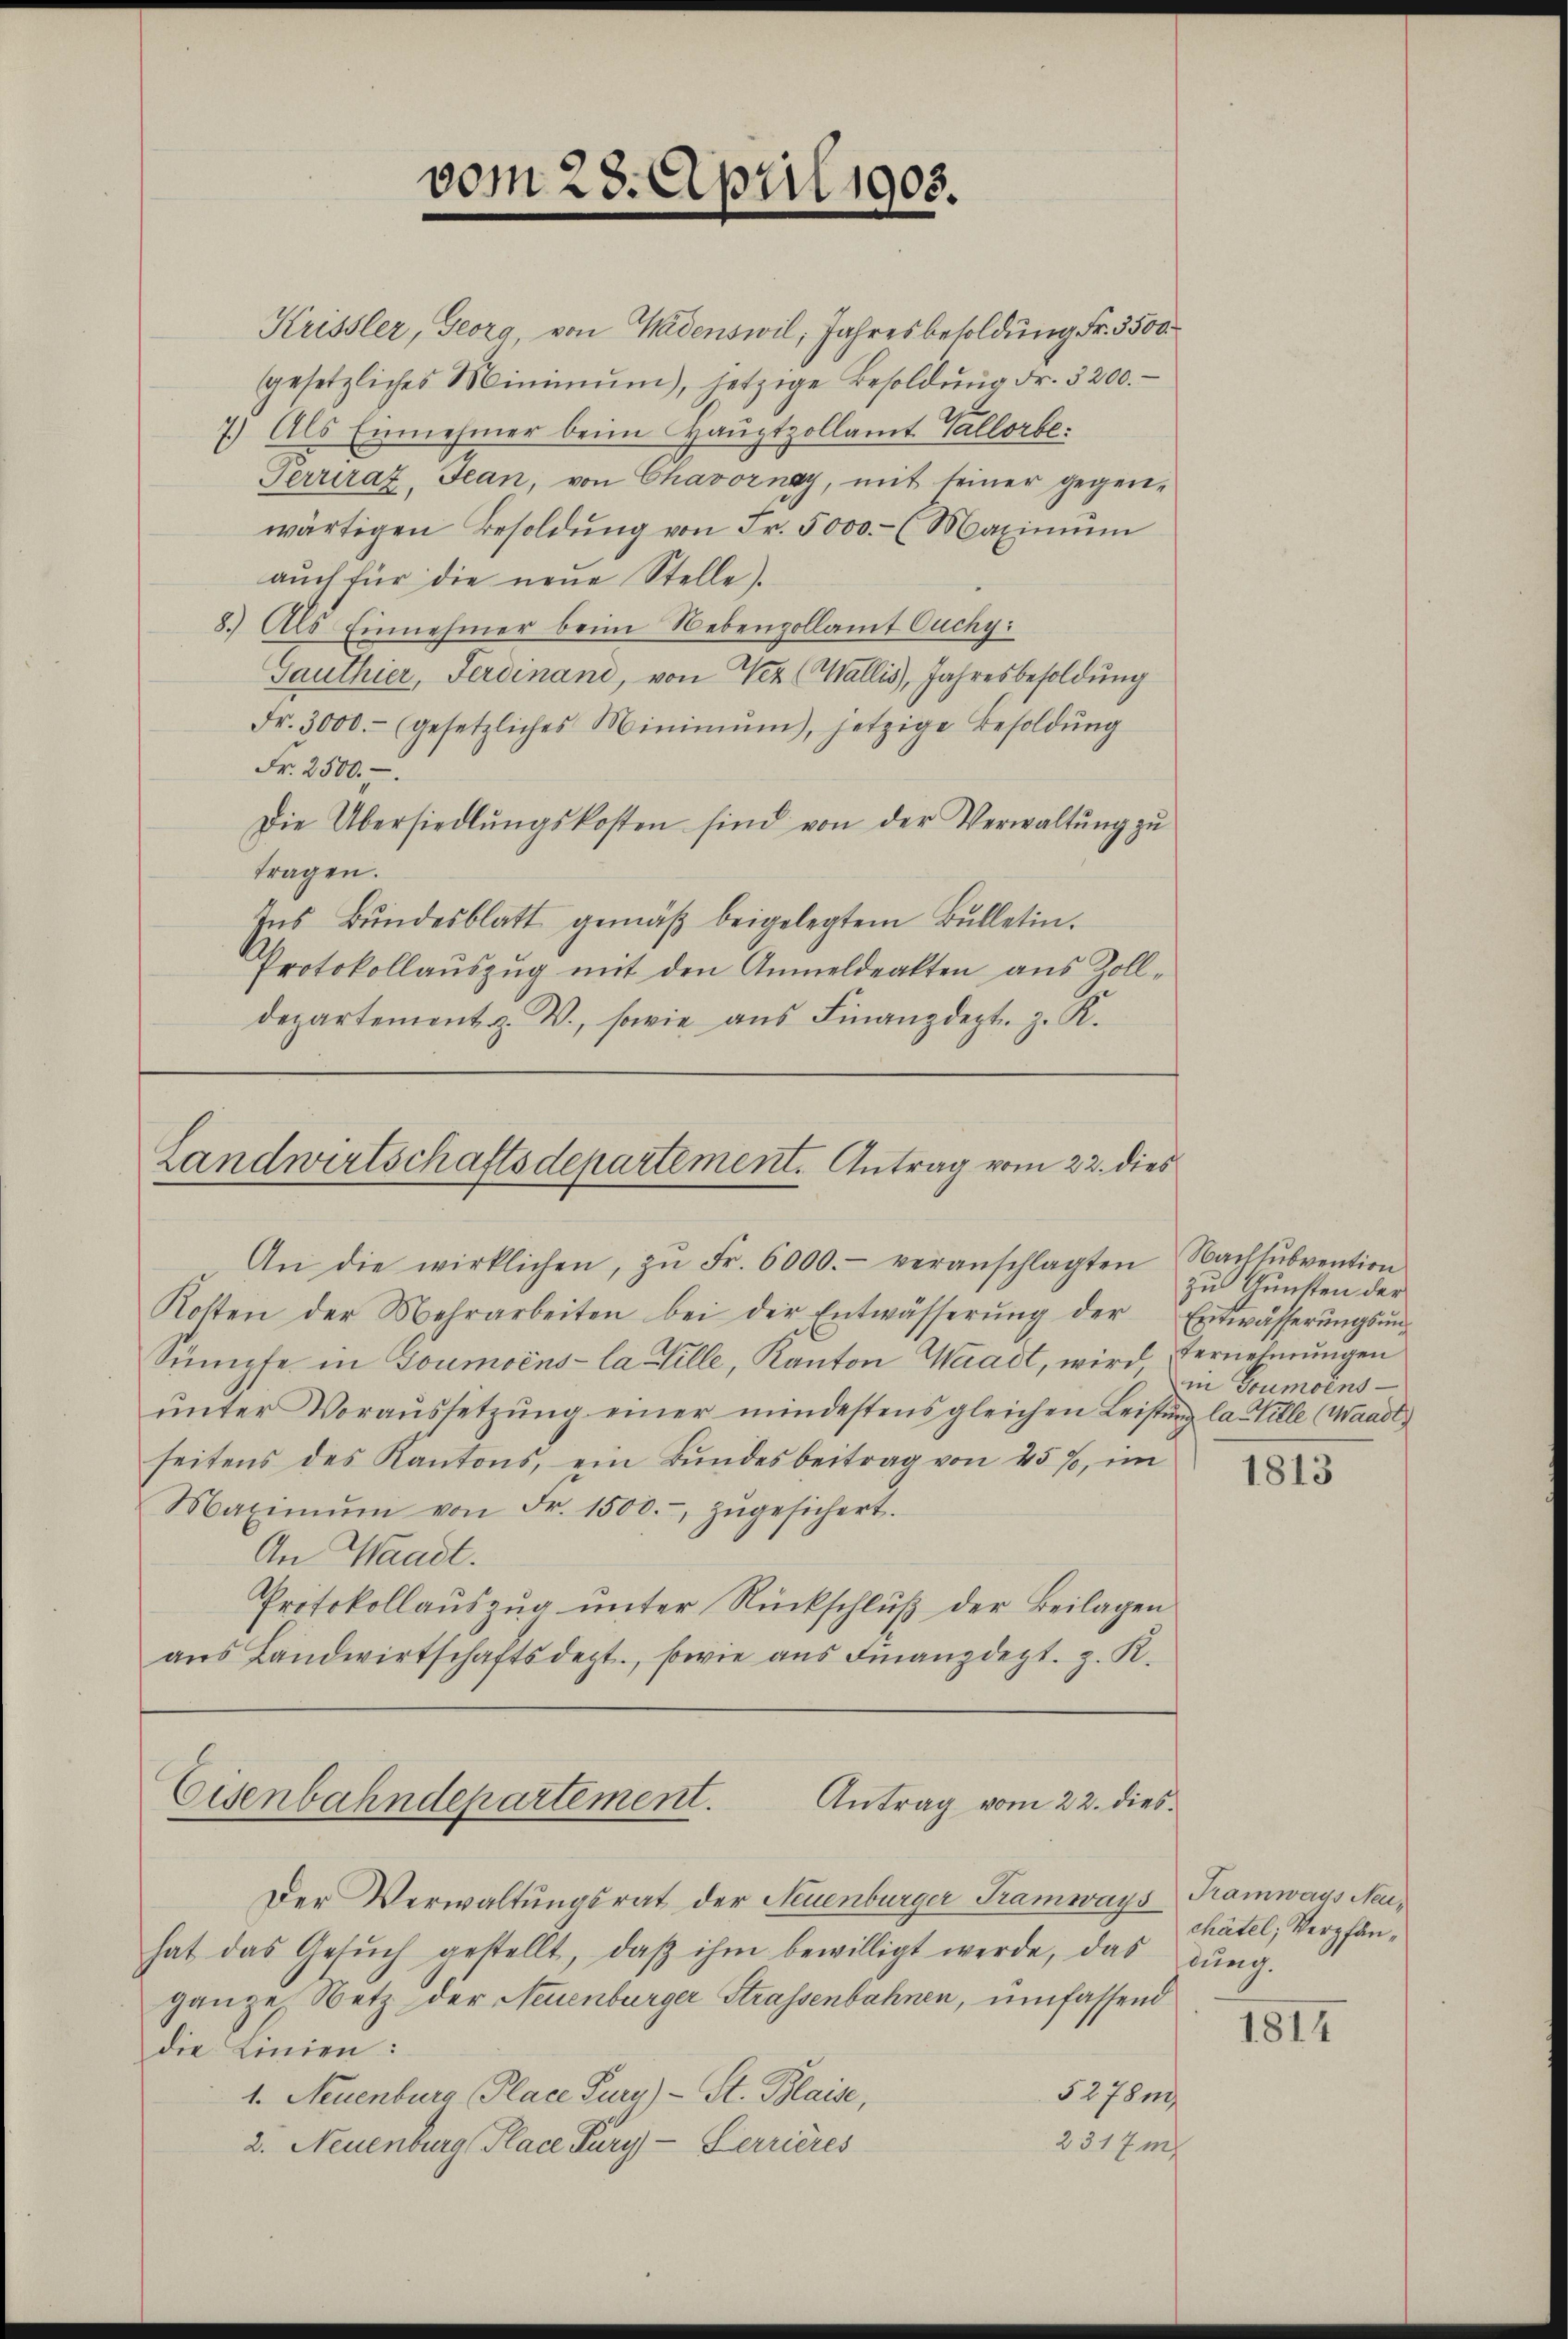
vom 28. April 1905.

Landwirtschaftsdepartement. Antrag vom 22. dies
An die wirklichen, zŭ Fr. 6000.- veranschlagten Nachsŭbvention

Krissler, Georg, von Wadenswil, Jahresbesoldung Fr. 3500
gesetzliches Minimŭm, jetzige Besoldŭng Fr. 3200.
7.) Als Einnehmer beim Hauptzollamt Vallorbe
Perrirat. Jean, von Chavornay, mit seiner gegen-
wärtigen Besoldŭng von Fr. 5000.- (Maximŭm
auch für die neue Stelle).
8.) Als Einnehmer beim Nebenzollamt Ouchy:
Gauthier, Ferdinand, von Nez (Wallis, Jahresbesoldung
Fr. 3000.- (gesetzliches Minimŭm), jetzige Besoldŭng
Fr. 2500.
Die Übersiedlŭngskosten sind von der Verwaltŭng zŭ
tragen.
Ins Bŭndesblatt gemäβ beigelegtem Bulletin.
Protokollauszug mit den Anmeldeakten aus Zolldepartement z. V., sowie aus Finanzdept. z. K.

Kosten der Mehrarbeiten bei der Entwässerŭng der Entwässerŭngsŭn-
Sumpfe in Goumoins la Hille, Kanton Waadt, wird Vernehmungen
ŭnter Voraŭssetzŭng einer mindestens gleichen Leistŭng la Hille (Waadt,
seitens des Kantons, ein Bundesbeitrag von 45%, im
Maximŭm von Fr. 1500.- zŭgesichert.
An Waadt.
Protokollauszug unter Rückschluß der Beilagen
aŭs Landwirtschaftsdept, sowie aus Finanzdept. z. K.

Eisenbahndepartement.
Antrag vom 22. dies

Der Verwaltungsrat der Neuenburger Tramways Tramways Neihat das Gesŭch gestellt, daβ ihm bewilligt werde, das dŭng.
ganze Netz der Neuenburger Strassenbahnen, umfassend
die Linien:
5278 m
1. Neuenburg (Place Fury) - St. Blaise,
231 Em
2. Neuenburg Place Fury-Lerrieres

zu Gunsten der
in Goumoins

1813

chatel, Verpfän¬

1814